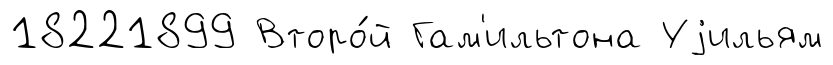
18221899 Второ́й Гам'ильтона Уjильям